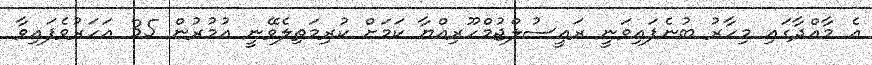
އެ މާއްދާގައި މިހާރު ބުނެފައިވަނީ ރައީސުލްޖުމްހޫރިއްޔާ ކަމަށް ކުރިމަތިލެވޭނީ އުމުރުން 35 އަހަރުވެފައިވާ